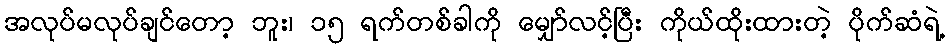
အလုပ်မလုပ်ချင်တော့ ဘူး၊ ၁၅ ရက်တစ်ခါကို မျှော်လင့်ပြီး ကိုယ်ထိုးထားတဲ့ ပိုက်ဆံရဲ့